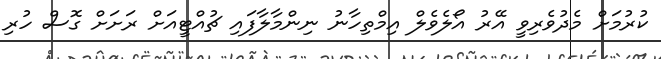
ކުރުމަށް މެދުވެރިވީީ އޭރު އޯލެވެލް އިމްތިހާނު ނިންމާލާފައި ޗުއްޓީއަށް ރަށަށް ގޮސް ހުރި